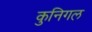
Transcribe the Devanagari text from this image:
कुनिगल